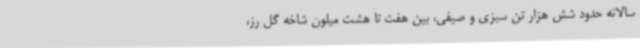
سالانه حدود شش هزار تن سبزی و صیفی، بین هفت تا هشت میلون شاخه گل رز،